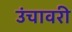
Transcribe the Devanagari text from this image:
उंचावरी